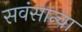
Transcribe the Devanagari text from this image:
सवंसान्चा